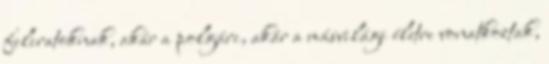
feliratoknak, akár a polgári, akár a másvilági életre vonatkoztak,